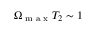
\Omega _ { \textrm { m a x } } T _ { 2 } \sim 1